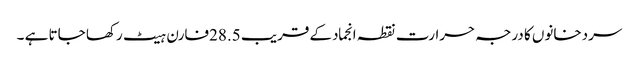
سردخانوں کا درجہ حرارت نقطہ انجمادکے قریب 28.5فارن ہیٹ رکھا جاتا ہے ۔